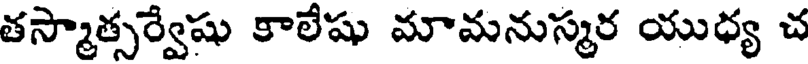
తస్మాత్సర్వేషు కాలేషు మామనుస్మర యుధ్య చ